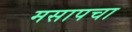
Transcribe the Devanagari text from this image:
मसापचा